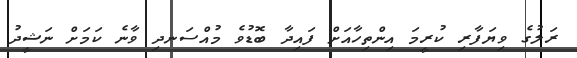
ރަލުގެ ވިޔަފާރި ކުރީމަ އިންތިހާއަށް ފައިދާ ބޮޑުވެ މުއްސަނދި ވާނެ ކަމަށް ނަޝީދު